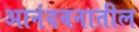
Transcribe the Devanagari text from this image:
आनंदवनातील